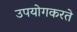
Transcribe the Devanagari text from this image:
उपयोगकरते